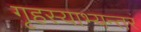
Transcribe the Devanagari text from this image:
गृहस्याभ्यन्तरं